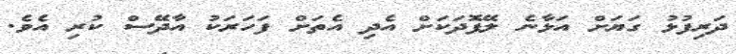
ދަރިފުޅު ގަޔަށް އަޅާނެ ލޭފޮދަކަށް އެދި އެތަށް ފަހަރަކު އާދޭސް ކުރި އެވެ.